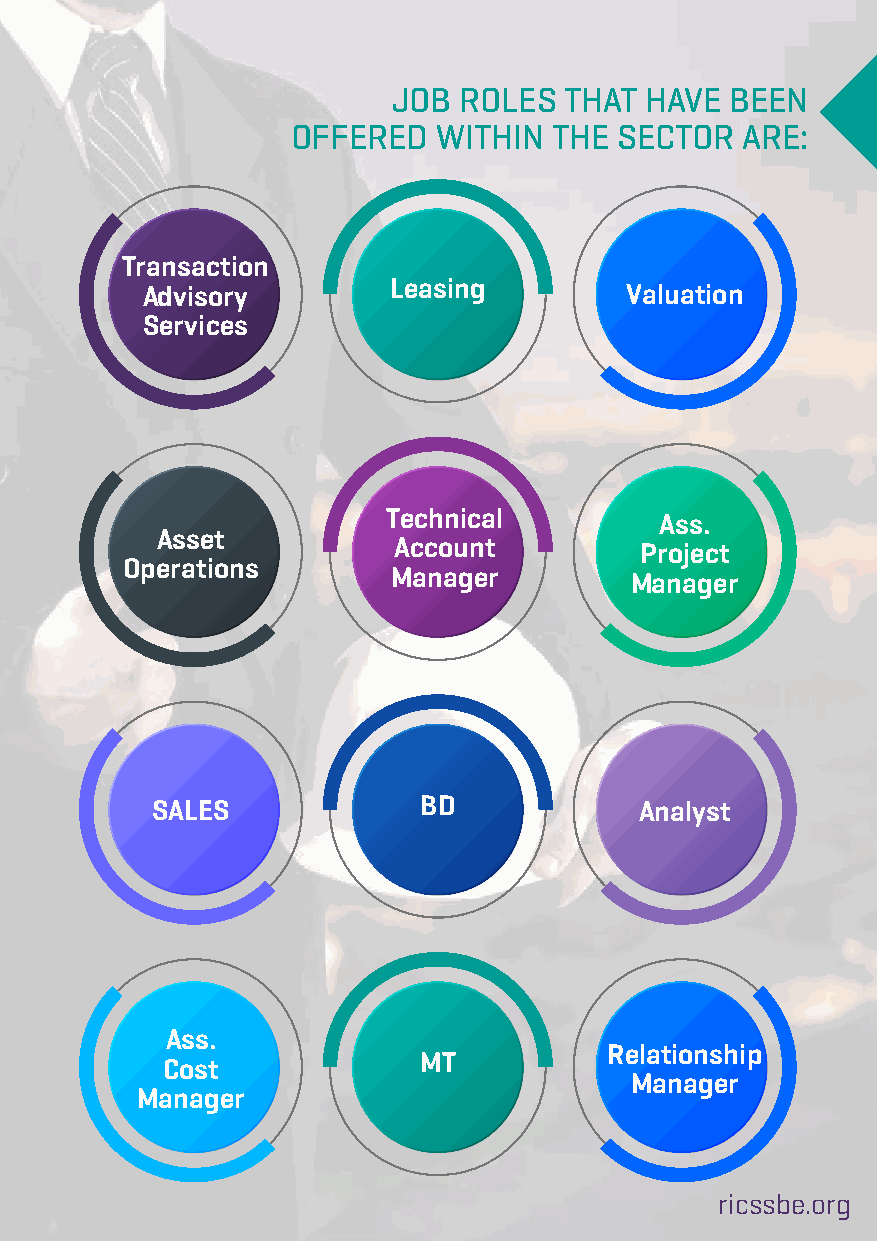
JOB ROLES  THAT  HAVE BEEN
 OFFERED   WITHIN  THE SECTOR  ARE:
 Transaction
 Advisory         Leasing        Valuation
 Services
 Technical         Ass.
 Asset
 Account         Project
 Operations
 Manager         Manager
 SALES             BD            Analyst
 Ass.
 Relationship
 Cost             MT
 Manager
 Manager
 ricssbe.org